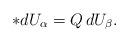
LaTeX: \begin{align*}*dU_\alpha=Q\,dU_\beta.\end{align*}